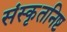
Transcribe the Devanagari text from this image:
संस्कृतनिष्ट